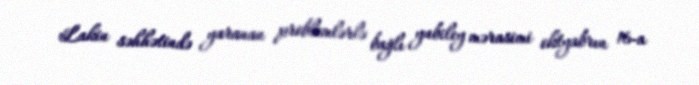
Lakin səhhətində yaranan problemlərlə bağlı yubiley mərasimi oktyabrın 16-a